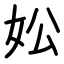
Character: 妐